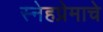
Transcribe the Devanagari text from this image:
स्नेहप्रेमाचे